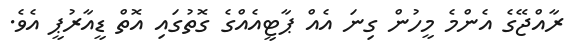
ރާއްޖޭގެ އެންމެ މީހުން ގިނަ އެއް ޕާޓީއެއްގެ ގޮތުގައި އޮތް ޑީއާރުޕީ އެވެ.